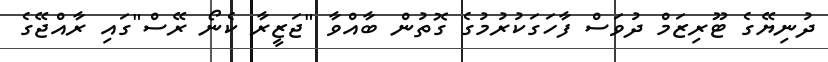
ދުނިޔޭގެ ޓޫރިޒަމް ދުވަސް ފާހަގަކުރުމުގެ ގޮތުން ބާއްވާ "ޖަޒީރާ ކެނޯ ރޭސް"ގައި ރާއްޖޭގެ